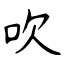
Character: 吹